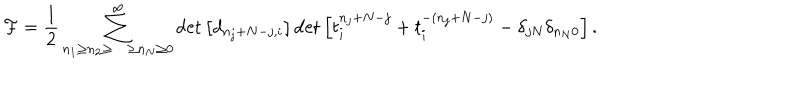
LaTeX: { \cal F } = \frac { 1 } { 2 } \sum _ { n _ { 1 } \geq n _ { 2 } \geq \cdots \geq n _ { N } \geq 0 } ^ { \infty } \det \left[ d _ { n _ { j } + N - j , i } \right] \det \left[ t _ { i } ^ { n _ { j } + N - j } + t _ { i } ^ { - ( n _ { j } + N - j ) } - \delta _ { j N } \delta _ { n _ { N } 0 } \right] .